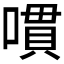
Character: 𱔔